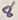
Text: 8